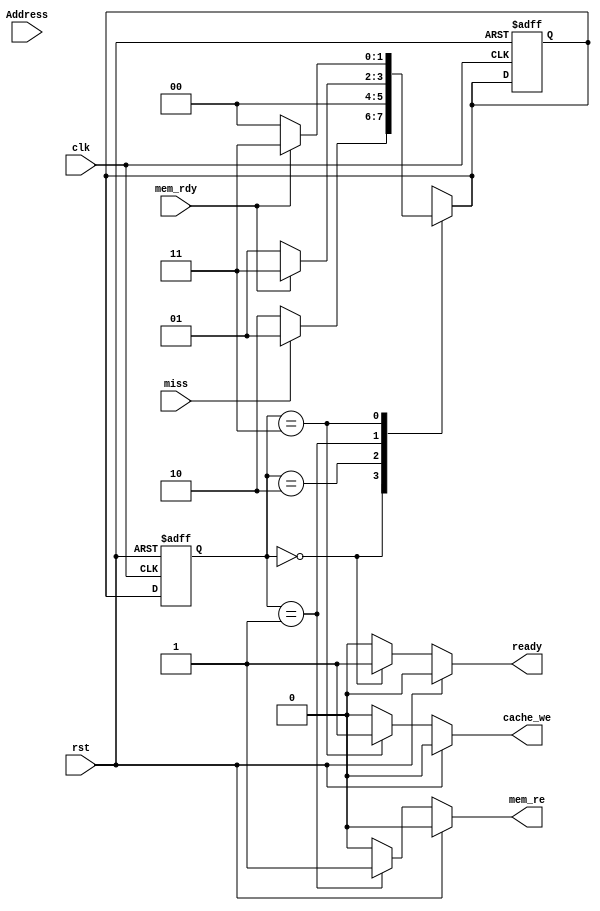
module CU(Address, miss, mem_rdy, clk, rst, cache_we, mem_re, ready);
	input miss, mem_rdy, clk, rst;
	input[14:0] Address;
	output reg cache_we, mem_re, ready;
	localparam READY = 0, READ = 1, HIT = 2, WRITE = 3;
	reg [1:0] ps, ns;
	always @(posedge clk or posedge rst) begin
		if (rst) begin
			ps <= 0;
			ns <= 0;
		end
		else begin
			ps <= ns;
		end
	end
	always @(ps, miss, mem_rdy) begin
		ns = 0;
		case(ps)
			READY: begin
				ns = miss ? READ : HIT;
			end
			HIT: begin
				ns = READY;
			end
			READ: begin
				ns = mem_rdy ? WRITE : READ;
			end
			WRITE: begin
				ns = mem_rdy ? WRITE : READY;
			end
		endcase
	end
	always @(ps) begin
		{cache_we, mem_re, ready} = 0;
		if(!rst) begin
			case(ps)
				READY: begin
					ready = 1;
				end
				READ: begin
					mem_re = 1;
				end
				WRITE: begin
					cache_we = 1;
				end
			endcase
		end
	end
endmodule